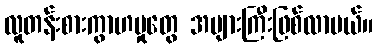
လူတန်းစားကွာဟမှုတွေ အများကြီးဖြစ်လာမယ်။